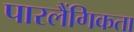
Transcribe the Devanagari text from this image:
पारलैंगिकता